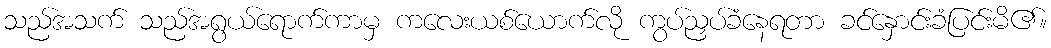
သည်အသက် သည်အရွယ်ရောက်ကာမှ ကလေးယစ်ယောက်လို ကွပ်ညှပ်ခံနေရတာ ခင်နှောင်းခံပြင်းမိ၏။